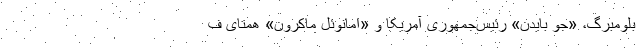
بلومبرگ، «جو بایدن» رئیس‌جمهوری آمریکا و «امانوئل ماکرون» همتای ف